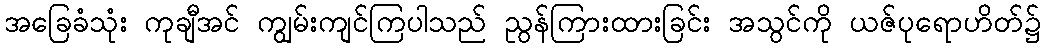
အခြေခံသုံး ကုချီအင် ကျွမ်းကျင်ကြပါသည် ညွန်ကြားထားခြင်း အသွင်ကို ယဇ်ပုရောဟိတ်၌